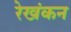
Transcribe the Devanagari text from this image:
रेखंकन